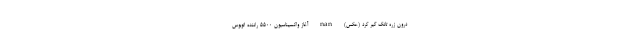
درون زره تانک گیر کرد (عکس) nan آغاز واکسیناسیون ۵۵۰۰ راننده اتوبوس